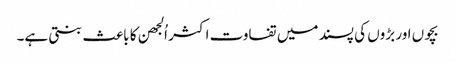
بچوں اور بڑوں کی پسند میں تفاوت اکثر اُلجھن کا باعث بنتی ہے۔